system: You are a helpful assistant.
user:
Analyze the provided spectrum to determine if it is a **Carbon Star (C-type)**.

- **Key Visual Indicators of Carbon Star:**
    - **(Primary):** Strong molecular absorption from **C₂ (diatomic carbon) "Swan Bands."** This is the **defining feature** of a carbon star.
        - **(Key Bandheads):** Sharp absorption edges are visible at approximately $5635$ Å, $5165$ Å (the strongest band), and $4737$ Å.
        - **(Line Profile):** Creates a distinct **"saw-tooth"** pattern. The key morphology is a sharp, steep bandhead on the **red (long-wavelength) side**, which then gradually tapers off (i.e., flux recovers) towards the **blue (short-wavelength) side**. *(This is the direct opposite of the TiO bands seen in M-type stars)*.

    - **(Secondary):** Intense **CN (cyanogen)** molecular absorption bands.
        - **(Key Bandheads):** Located in the blue and violet regions of the spectrum (e.g., near $4215$ Å and $3883$ Å).
        - **(Morphology):** These bands are extremely broad and act as a "blanket," absorbing the vast majority of blue and violet light. This creates a characteristic **"cliff"** or **"steep drop-off"** in the spectrum's flux at short wavelengths.

    - **(Key Confirmation):** Strong **CH absorption band (G-band)**.
        - **(Key Bandhead):** Located around $4300$ Å. The contribution from CH molecules to this band is exceptionally strong.

    - **(Overall Spectrum):**
        - The continuum is severely "chopped up" by these deep molecular bands, especially C₂, rather than appearing as a smooth curve.
        - Due to the heavy CN and C₂ absorption in the blue-green, the vast majority of the star's flux is concentrated in the red part of the spectrum, giving the star its characteristic deep red color.

Think first, call **spectral_visualization_tool** if needed to examine features in detail, then provide your final answer. Your response must adhere to the following strict rules:
1.  **Overall Structure:** Your response must follow the format `<think>...</think> <tool_call>...</tool_call> (if a tool is used) <answer>...</answer>`.
2.  **Tool Usage Constraint:** You may only make **one** tool call per turn.
3.  **Final Answer Format:** In the `<answer>` tag, your conclusion must be inside a `\boxed{}` command (e.g., `\boxed{YES}`), followed by your justification.

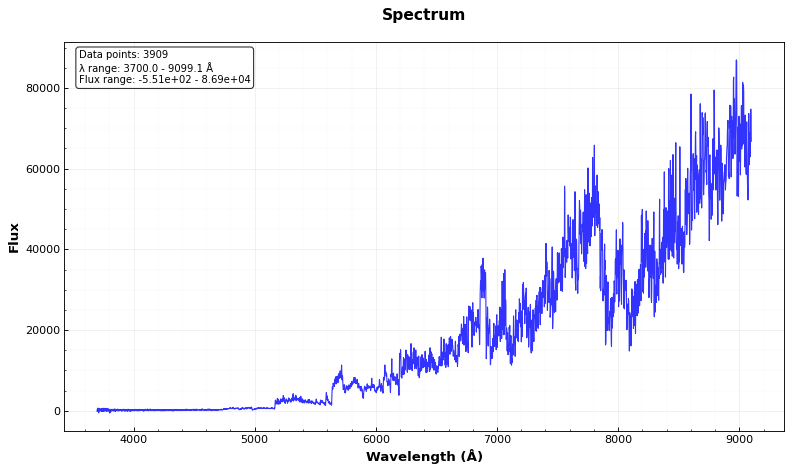
Answer: YES